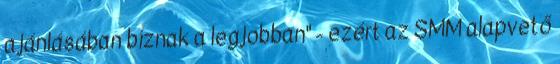
ajánlásában bíznak a legjobban" - ezért az SMM alapvető